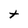
Character: t